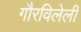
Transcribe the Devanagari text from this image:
गौरविलेली